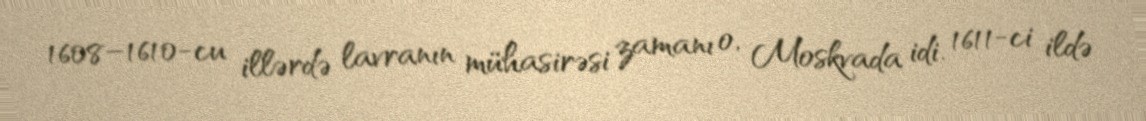
1608–1610-cu illərdə lavranın mühasirəsi zamanı o, Moskvada idi. 1611-ci ildə